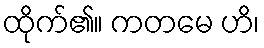
ထိုက်၏။ ကတမေ ဟိ၊